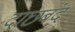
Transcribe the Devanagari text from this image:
दाछबंद